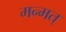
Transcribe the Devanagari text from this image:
मन्मत्